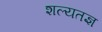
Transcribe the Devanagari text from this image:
शल्यतज्ञ